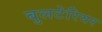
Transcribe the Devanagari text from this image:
बुलटेरियर